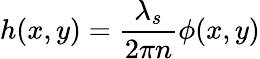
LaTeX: h(x,y)=\frac{{\lambda}_{s}}{2{\pi}n}{\phi}(x,y)